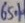
Text: 65%